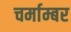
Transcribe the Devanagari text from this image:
चर्माम्बर